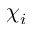
\chi _ { i }